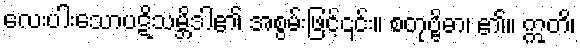
လေးပါးသောပဋိသမ္ဘိဒါ၏ အစွမ်းဖြင့်၎င်း။ စတုဗ္ဗိဓာ၊ ၏။ ဣတိ၊